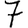
Digit: 7